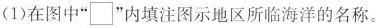
(1) 在图中”\Box ”内填注图示地区所临海洋的名称。